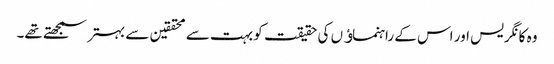
وہ کانگریس اور اس کے راہنماﺅں کی حقیقت کو بہت سے محققین سے بہتر سمجھتے تھے۔